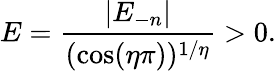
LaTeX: E=\frac{|E_{-n}|}{(\cos(\eta\pi))^{1/\eta}}>0.